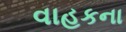
વાહકના